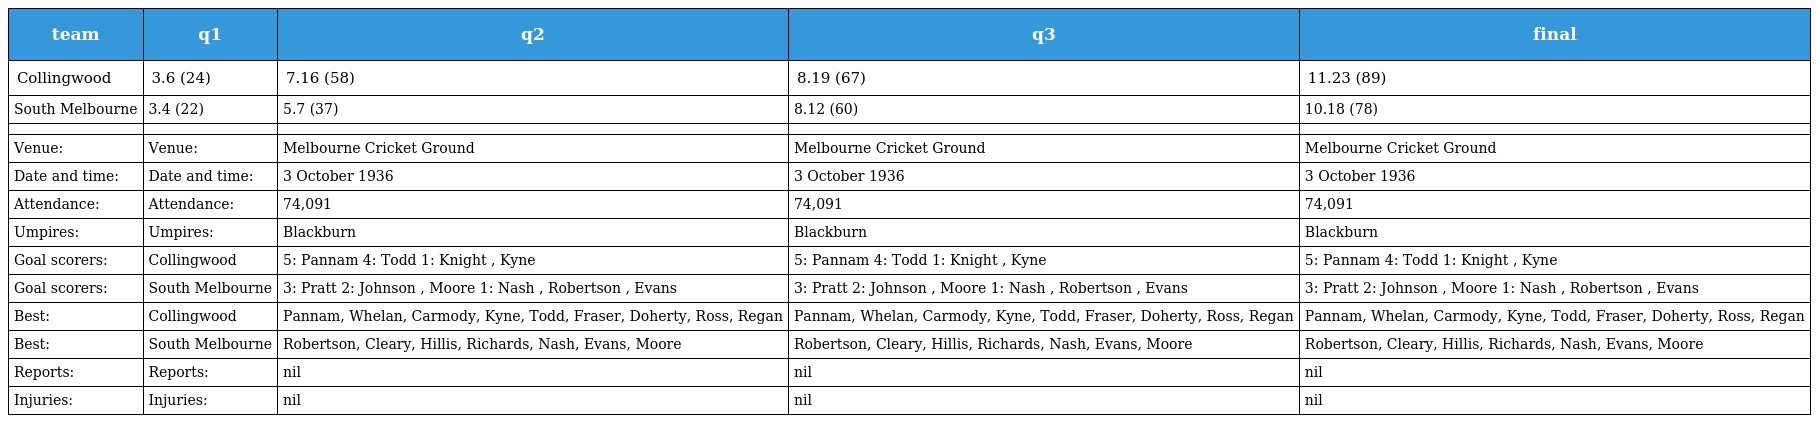
| team | q1 | q2 | q3 | final |
 | --- | --- | --- | --- | --- |
 | Collingwood | 3.6 (24) | 7.16 (58) | 8.19 (67) | 11.23 (89) |
 | South Melbourne | 3.4 (22) | 5.7 (37) | 8.12 (60) | 10.18 (78) |
 |  |  |  |  |  |
 | Venue: | Venue: | Melbourne Cricket Ground | Melbourne Cricket Ground | Melbourne Cricket Ground |
 | Date and time: | Date and time: | 3 October 1936 | 3 October 1936 | 3 October 1936 |
 | Attendance: | Attendance: | 74,091 | 74,091 | 74,091 |
 | Umpires: | Umpires: | Blackburn | Blackburn | Blackburn |
 | Goal scorers: | Collingwood | 5: Pannam 4: Todd 1: Knight , Kyne | 5: Pannam 4: Todd 1: Knight , Kyne | 5: Pannam 4: Todd 1: Knight , Kyne |
 | Goal scorers: | South Melbourne | 3: Pratt 2: Johnson , Moore 1: Nash , Robertson , Evans | 3: Pratt 2: Johnson , Moore 1: Nash , Robertson , Evans | 3: Pratt 2: Johnson , Moore 1: Nash , Robertson , Evans |
 | Best: | Collingwood | Pannam, Whelan, Carmody, Kyne, Todd, Fraser, Doherty, Ross, Regan | Pannam, Whelan, Carmody, Kyne, Todd, Fraser, Doherty, Ross, Regan | Pannam, Whelan, Carmody, Kyne, Todd, Fraser, Doherty, Ross, Regan |
 | Best: | South Melbourne | Robertson, Cleary, Hillis, Richards, Nash, Evans, Moore | Robertson, Cleary, Hillis, Richards, Nash, Evans, Moore | Robertson, Cleary, Hillis, Richards, Nash, Evans, Moore |
 | Reports: | Reports: | nil | nil | nil |
 | Injuries: | Injuries: | nil | nil | nil |